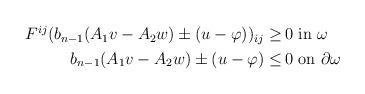
LaTeX: \begin{align*}\begin{aligned}F^{ij} (b_{n-1} (A_1 v - A_2 w) \pm (u - \varphi))_{ij} \geq \,& 0 \mbox{ in } \omega\\ b_{n-1} (A_1 v - A_2 w) \pm (u - \varphi) \leq \,& 0 \mbox{ on } \partial \omega\end{aligned}\end{align*}